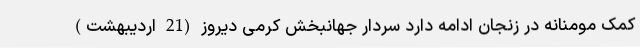
کمک مومنانه در زنجان ادامه دارد سردار جهانبخش کرمی دیروز (21 اردیبهشت)